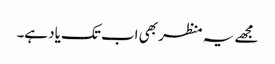
مجھے یہ منظر بھی اب تک یاد ہے۔